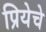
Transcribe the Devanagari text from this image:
प्रियेचे